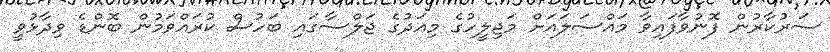
ސަރުކާރުން ފޮނުވާފައިވާ މައްސަލައަށް މަޖިލީހުގެ މިއަދުގެ ޖަލްސާގައި ބަހުސް ކުރައްވަމުން ބޮންޑެ ވިދާޅުވީ